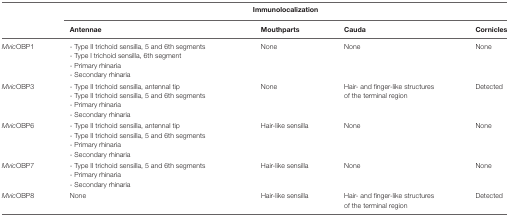
<table><thead><tr><td></td><td colspan="4"><b>Immunolocalization</b></td></tr><tr><td></td><td><b>Antennae</b></td><td><b>Mouthparts</b></td><td><b>Cauda</b></td><td><b>Cornicles</b></td></tr></thead><tbody><tr><td><i>Mvic</i>OBP1</td><td>- Type II trichoid sensilla, 5 and 6th segments- Type I trichoid sensilla, 6th segment- Primary rhinaria- Secondary rhinaria</td><td>None</td><td>None</td><td>None</td></tr><tr><td><i>Mvic</i>OBP3</td><td>- Type II trichoid sensilla, antennal tip- Type II trichoid sensilla, 5 and 6th segments- Primary rhinaria- Secondary rhinaria</td><td>None</td><td>Hair- and finger-like structures of the terminal region</td><td>Detected</td></tr><tr><td><i>Mvic</i>OBP6</td><td>- Type II trichoid sensilla, antennal tip- Type II trichoid sensilla, 5 and 6th segments- Primary rhinaria- Secondary rhinaria</td><td>Hair-like sensilla</td><td>None</td><td>None</td></tr><tr><td><i>Mvic</i>OBP7</td><td>- Type II trichoid sensilla, 5 and 6th segments- Primary rhinaria- Secondary rhinaria</td><td>Hair-like sensilla</td><td>None</td><td>None</td></tr><tr><td><i>Mvic</i>OBP8</td><td>None</td><td>Hair-like sensilla</td><td>Hair- and finger-like structures of the terminal region</td><td>Detected</td></tr></tbody></table>